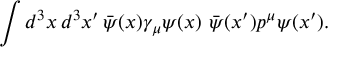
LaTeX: \int d ^ { 3 } x \, d ^ { 3 } x ^ { \prime } \, \bar { \psi } ( x ) \gamma _ { \mu } \psi ( x ) \, \, \bar { \psi } ( x ^ { \prime } ) p ^ { \mu } \psi ( x ^ { \prime } ) .